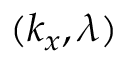
( k _ { x } , \lambda )